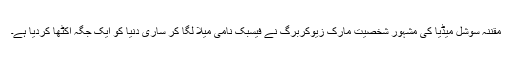
مقننہ سوشل میڈیا کی مشہور شخصیت مارک زیوکربرگ نے فیسبک نامی میلا لگا کر ساری دنیا کو ایک جگہ اکٹھا کردیا ہے۔